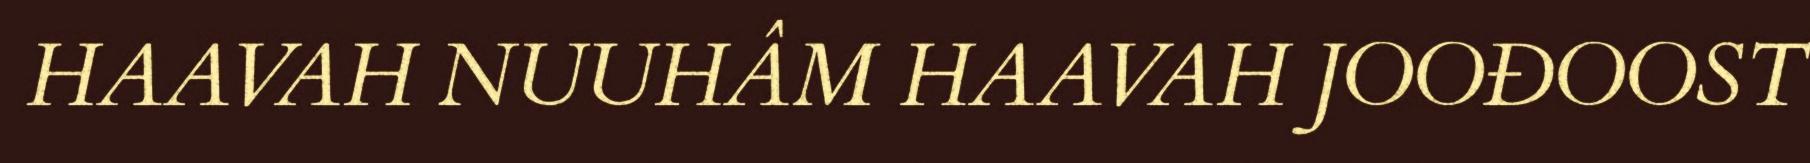
HAAVAH NUUHÂM HAAVAH JOOĐOOST